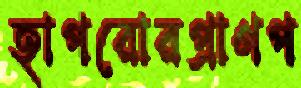
হাপরোরপ্রাণপ